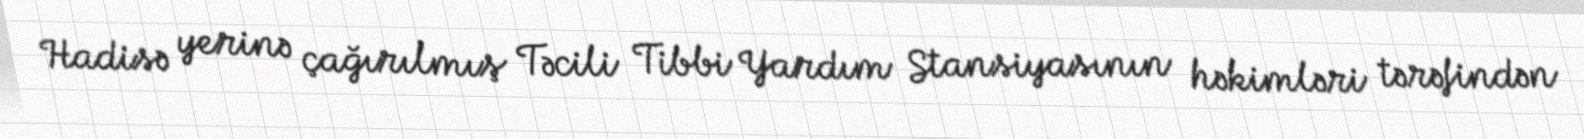
Hadisə yerinə çağırılmış Təcili Tibbi Yardım Stansiyasının həkimləri tərəfindən